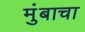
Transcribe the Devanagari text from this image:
मुंबाचा